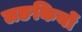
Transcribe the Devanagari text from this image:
लङकियों